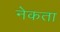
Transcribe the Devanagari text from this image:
नेकता